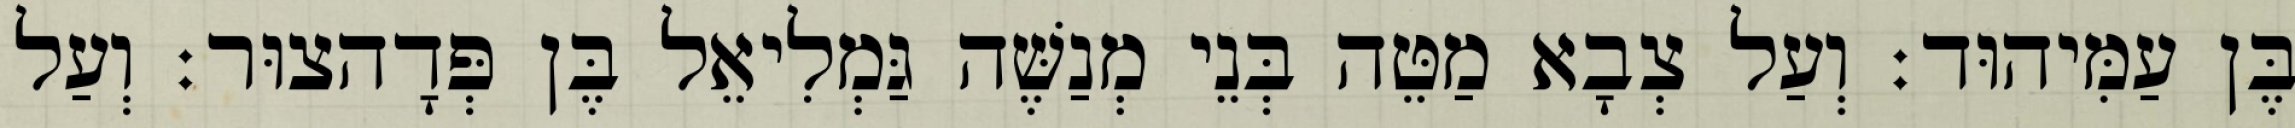
בֶּן עַמִּיהוּד׃ וְעַל צְבָא מַטֵּה בְּנֵי מְנַשֶּׁה גַּמְלִיאֵל בֶּן פְּדָהצוּר׃ וְעַל